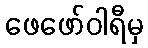
ဖေဖော်ဝါရီမှ